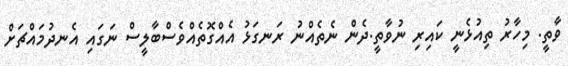
ވާތީ. މިހާރު ތިއުޅެނީ ކައިރި ނުވާތީ.ދެން ނެތެއްނު ރަނގަޅު އެއްގޮތެއްވެސްބާލީސް ނަގައި އެނދުމައްޗަށް